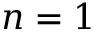
n = 1